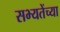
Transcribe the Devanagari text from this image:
सभ्यतेंच्या